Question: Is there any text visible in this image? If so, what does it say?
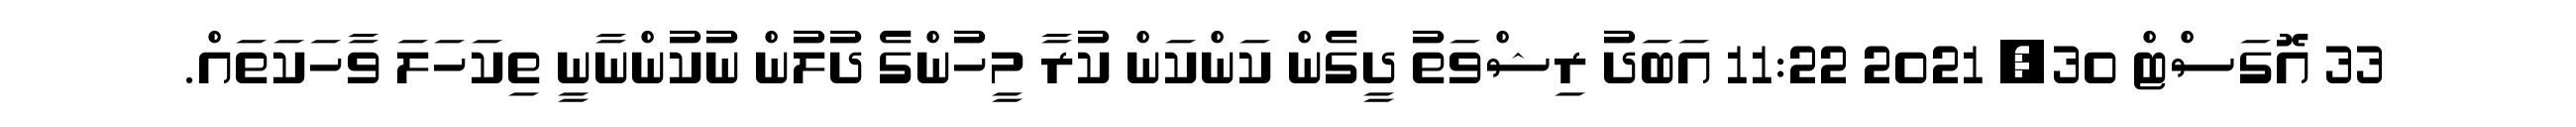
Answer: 33 އޮގަސްޓް 30, 2021 11:22 އަބަދު ރިޝްވަތު ދީގެން ކަންކަން ކުރާ މީހުންގެ ދުލުން ނުކުންނާނީ ތިކަހަލަ ވާހަކަތައް.